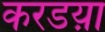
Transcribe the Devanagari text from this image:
करडय़ा